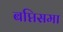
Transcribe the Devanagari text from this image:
बप्तिसमा